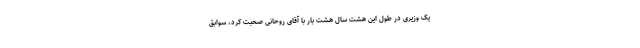
یک وزیری در طول این هشت سال هشت بار با آقای روحانی صحبت کرد، سوابق